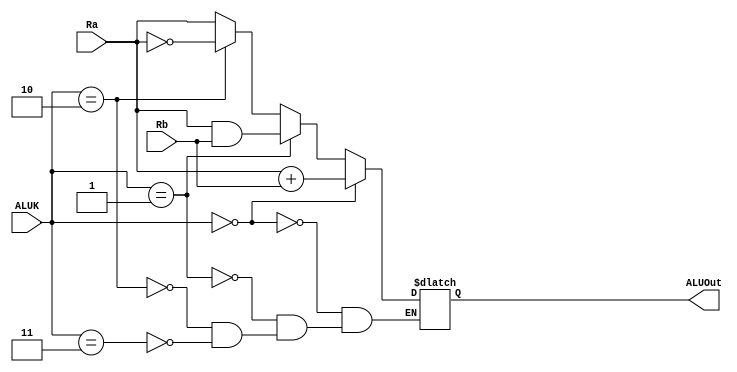
module ALU(
	input [15:0] Ra,
	input [15:0] Rb,
	input [1:0] ALUK,
	output reg [15:0] ALUOut);

	always @ (ALUK or Ra or Rb) begin
		if (ALUK == 2'b00)
			ALUOut <= Ra + Rb;
		else if (ALUK == 2'b01)
			ALUOut <= Ra & Rb;
		else if (ALUK == 2'b10)
			ALUOut <= ~Ra;
		else if (ALUK == 2'b11)
			ALUOut <= Ra;
	end

endmodule